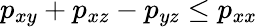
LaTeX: p_{xy}+p_{xz}-p_{yz}\le p_{xx}